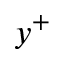
y ^ { + }